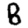
Digit: 8